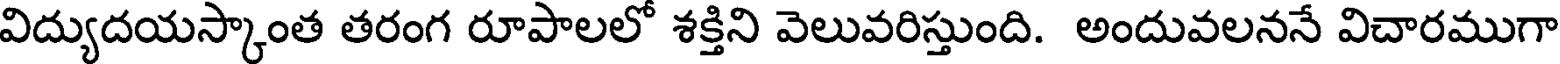
విద్యుదయస్కాంత తరంగ రూపాలలో శక్తిని వెలువరిస్తుంది. అందువలననే విచారముగా